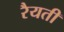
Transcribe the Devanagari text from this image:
रैयती